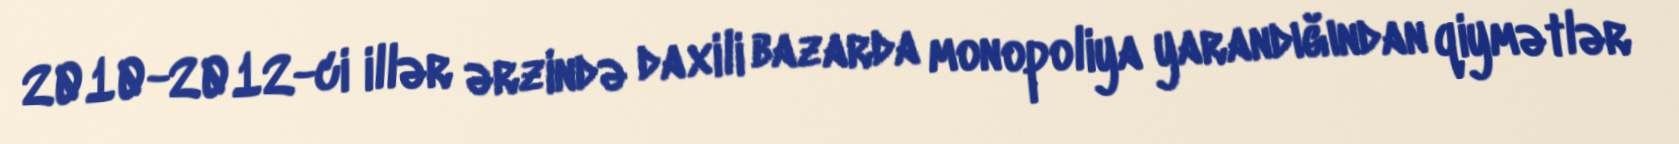
2010-2012-ci illər ərzində daxili bazarda monopoliya yarandığından qiymətlər